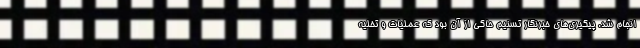
انجام شد. پیگیری‌های خبرنگار تسنیم حاکی از آن بود که عملیات و تخلیه